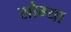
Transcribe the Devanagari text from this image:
सोम्या